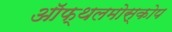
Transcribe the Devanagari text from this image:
ऑफ्थलमोस्कोप